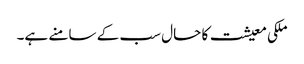
ملکی معیشت کا حال سب کے سامنے ہے۔